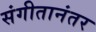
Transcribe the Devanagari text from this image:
संगीतानंतर